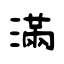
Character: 滿